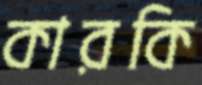
কারকি